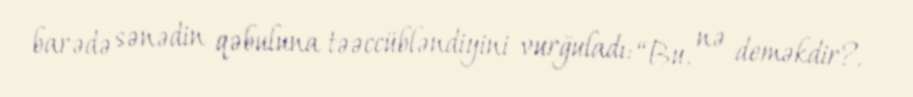
barədə sənədin qəbuluna təəccübləndiyini vurğuladı: “Bu, nə deməkdir?.